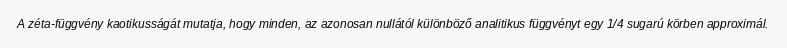
A zéta-függvény kaotikusságát mutatja, hogy minden, az azonosan nullától különböző analitikus függvényt egy 1/4 sugarú körben approximál.